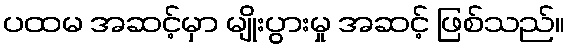
ပထမ အဆင့်မှာ မျိုးပွားမှု အဆင့် ဖြစ်သည်။